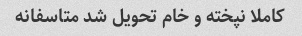
کاملا نپخته و خام تحویل شد متاسفانه